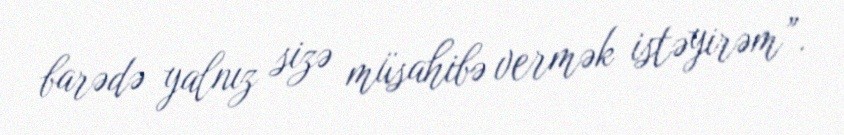
barədə yalnız sizə müsahibə vermək istəyirəm”.